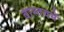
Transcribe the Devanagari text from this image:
वास्तवमें